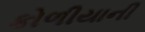
કોળીયાની